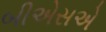
બીએસએ